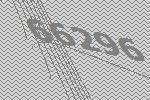
66296